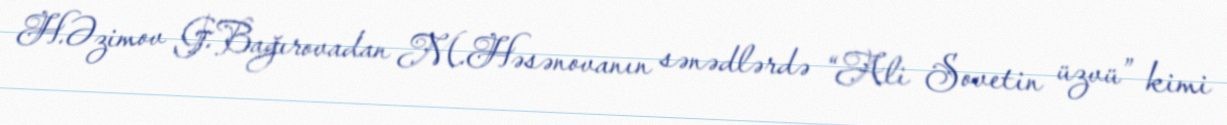
H.Əzimov G.Bağırovadan M.Həsənovanın sənədlərdə “Ali Sovetin üzvü” kimi